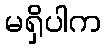
မရှိပါက